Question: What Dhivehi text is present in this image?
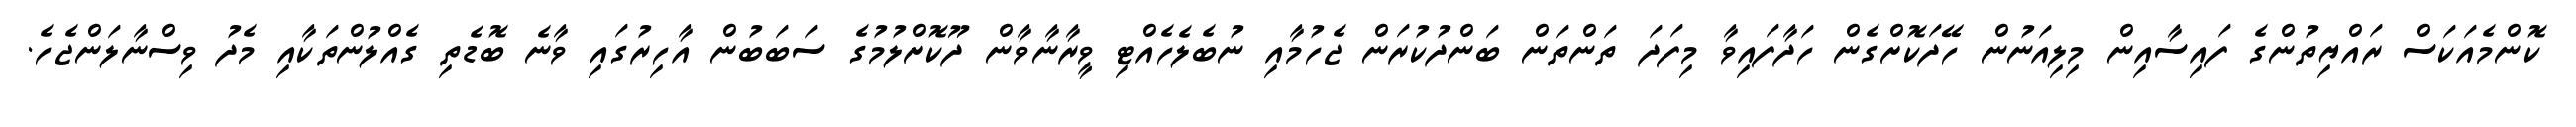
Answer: ކޮންމެއަކަސް ރައްޔިތުންގެ ފައިސާއިން މިލިއަނުން ހޭދަކޮށްގެން ހަދާފައިވާ މިފަދަ ތަންތަން ބަންދުކުރަން ޖެހުމާއި ނުބެލެހެއްޓި ވީރާނާވާން ދޫކޮށްލުމުގެ ސަބަބުން އާހިރުގައި ވާނެ ބޮޑެތި ގެއްލުންތަކާއި މެދު ވިސްނާލަންޖެހެ.